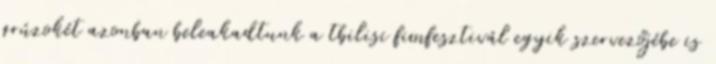
grúzokét azonban beleakadtunk a tbilisi fimfesztivál egyik szervezőjébe is